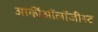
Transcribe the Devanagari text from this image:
आर्कीऑलॉजीस्ट